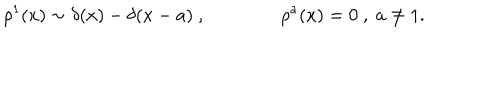
\rho ^ { 1 } ( x ) \sim \delta ( x ) - \delta ( x - a ) \ , \qquad \qquad \rho ^ { a } ( x ) = 0 \ , \ a \neq 1 .